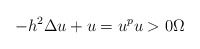
\begin{align*}-h^{2}\Delta u+u=u^{p}u>0\Omega \end{align*}